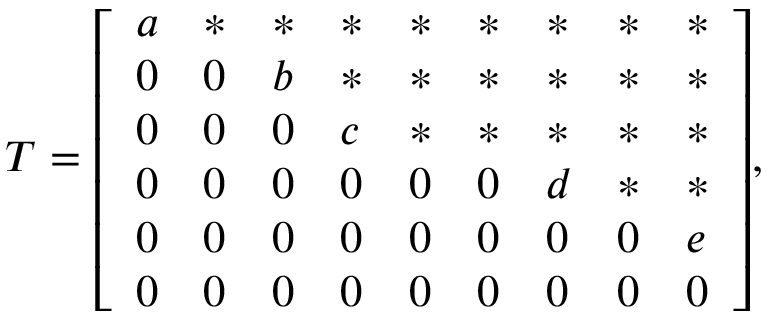
T = { \left[ \begin{array} { l l l l l l l l l } { a } & { * } & { * } & { * } & { * } & { * } & { * } & { * } & { * } \\ { 0 } & { 0 } & { b } & { * } & { * } & { * } & { * } & { * } & { * } \\ { 0 } & { 0 } & { 0 } & { c } & { * } & { * } & { * } & { * } & { * } \\ { 0 } & { 0 } & { 0 } & { 0 } & { 0 } & { 0 } & { d } & { * } & { * } \\ { 0 } & { 0 } & { 0 } & { 0 } & { 0 } & { 0 } & { 0 } & { 0 } & { e } \\ { 0 } & { 0 } & { 0 } & { 0 } & { 0 } & { 0 } & { 0 } & { 0 } & { 0 } \end{array} \right] } ,